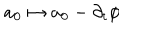
a _ { 0 } \mapsto a _ { 0 } - \partial _ { t } \phi